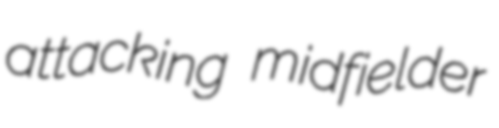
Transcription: attacking midfielder